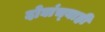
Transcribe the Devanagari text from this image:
दोघांच्‍याही